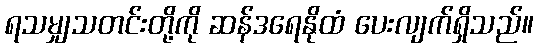
ရသမျှသတင်းတို့ကို ဆန်ဒရေနိုထံ ပေးလျက်ရှိသည်။